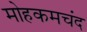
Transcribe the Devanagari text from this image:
मोहकमचंद